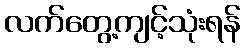
လက်တွေ့ကျင့်သုံးရန်